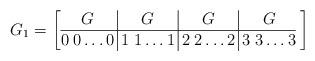
LaTeX: \begin{align*}G_1=\arraycolsep2.5 pt\left[\begin{array}{@{}c|c|c|c@{}}G & G & G & G \\\hline0\;0\dots 0 &1\;1\dots 1 &2\;2\dots 2 &3\;3\dots 3\\\end{array}\;\right]\end{align*}